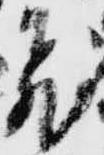
飛